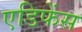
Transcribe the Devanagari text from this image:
एडिफेंस